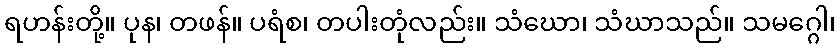
ရဟန်းတို့။ ပုန၊ တဖန်။ ပရံစ၊ တပါးတုံလည်း။ သံဃော၊ သံဃာသည်။ သမဂ္ဂေါ၊